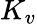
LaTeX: K_{v}